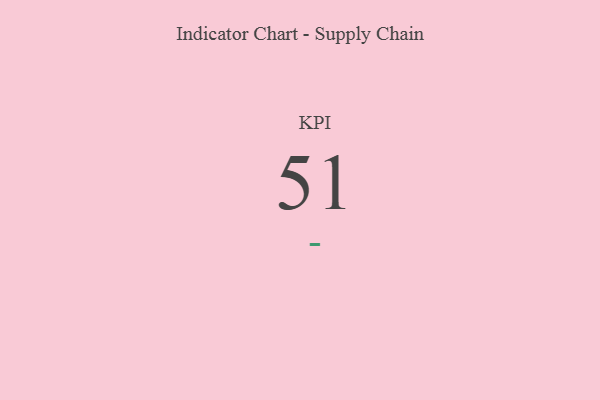
{"axis": {"x": "KPI", "y": "Value"}, "legend": [""], "data": [{"x": "KPI", "y": 51, "type": ""}]}